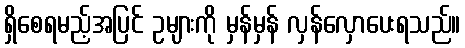
ရှိစေရမည့်အပြင် ဥများကို မှန်မှန် လှန်လှောပေးရသည်။